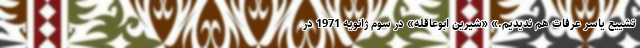
تشییع یاسر عرفات هم ندیدیم.» «شیرین ابوعاقله» در سوم ژانویه 1971 در